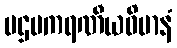
ပဌမကရဏီယဝိမာနံ